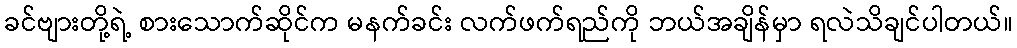
ခင်ဗျားတို့ရဲ့ စားသောက်ဆိုင်က မနက်ခင်း လက်ဖက်ရည်ကို ဘယ်အချိန်မှာ ရလဲသိချင်ပါတယ်။